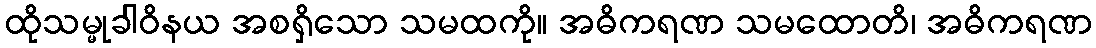
ထိုသမ္မုခါဝိနယ အစရှိသော သမထကို။ အဓိကရဏ သမထောတိ၊ အဓိကရဏ